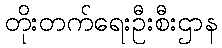
တိုးတက်ရေးဦးစီးဌာန